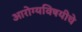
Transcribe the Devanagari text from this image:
आरोग्यविषयीचे